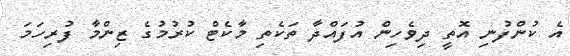
އެ ކުންފުނި އޮތީ ދިވެހިން އުފައްދާ ތަކެތި މާކެޓް ކުރުމުގެ ޒިންމާ ފުރިހަމަ